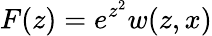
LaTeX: F(z)=e^{z^{2}}w(z,x)